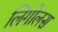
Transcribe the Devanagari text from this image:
लिगोलस